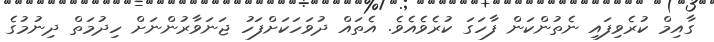
ގާއިމް ކުރެވިފައި ނެތުންކަން ފާހަގަ ކުރެވެއެވެ. އެތައްް ދުވަހަކަަށްފަހު ޖަނަވާރުންނަށް ހިދުމަތް ދިނުމުގެ